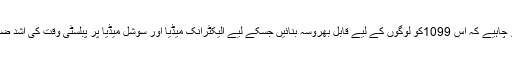
حکومت کو چاہیے کہ اس 1099کو لوگوں کے لیے قابل بھروسہ بنائیں جسکے لیے الیکٹرانک میڈیا اور سوشل میڈیا پر پبلسٹی وقت کی اشد ضرورت ہے۔